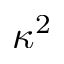
\kappa ^ { 2 }